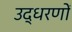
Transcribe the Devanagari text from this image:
उद्‍धरणों